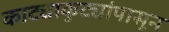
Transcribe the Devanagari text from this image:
काट्याकुट्यांपासून